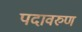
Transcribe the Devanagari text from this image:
पदावरुण